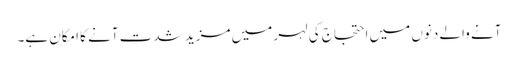
آنے والے دنوں میں احتجاج کی لہر میں مزید شدت آنے کا امکان ہے۔